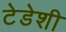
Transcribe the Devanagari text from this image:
टेडेशी